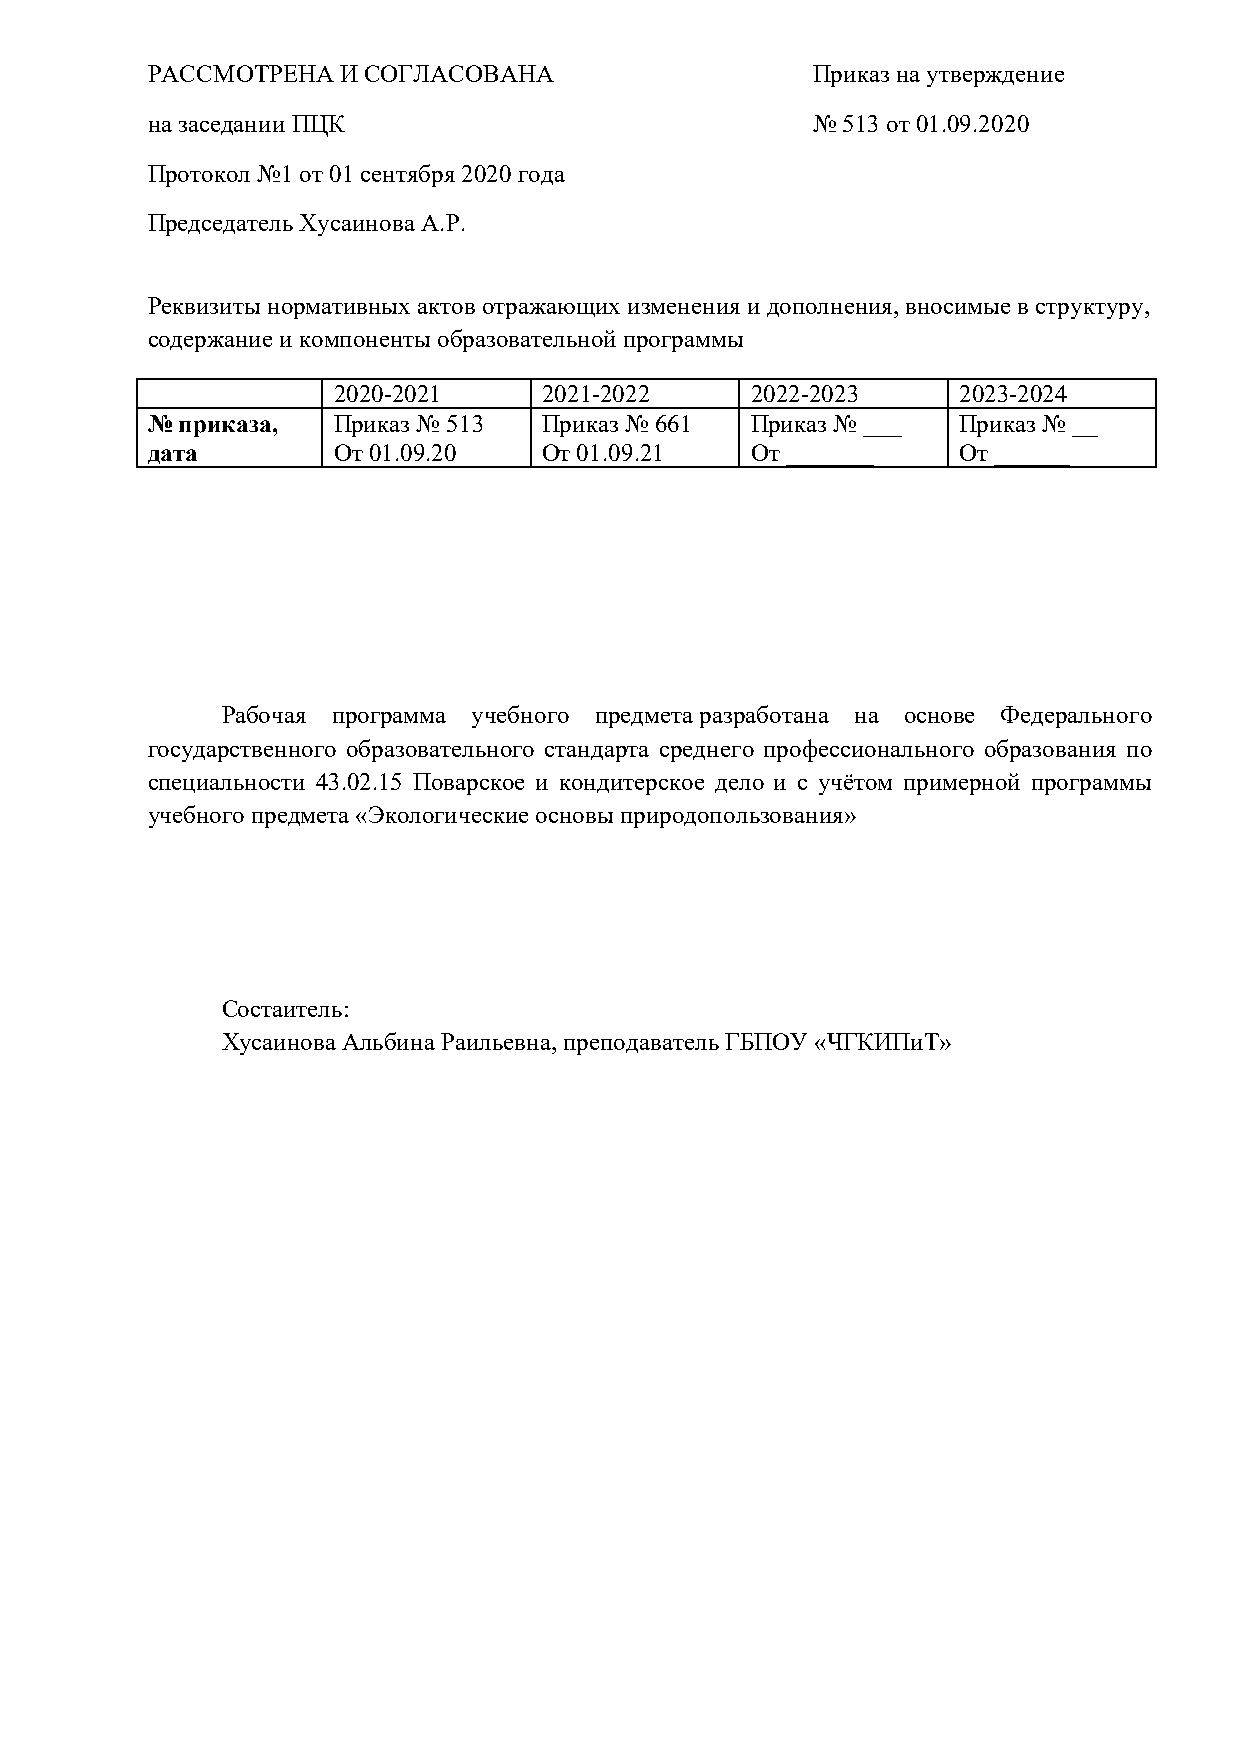
РАССМОТРЕНА  И СОГЛАСОВАНА                  Приказ на утверждение
 на заседании ПЦК                            № 513 от 01.09.2020
 Протокол №1 от 01 сентября 2020 года
 Председатель Хусаинова А.Р.
 Реквизиты нормативных актов отражающих изменения и дополнения, вносимые в структуру,
 содержание и компоненты образовательной программы
 2020-2021     2021-2022     2022-2023    2023-2024
 № приказа,  Приказ № 513  Приказ № 661  Приказ № ___ Приказ № __
 дата        От 01.09.20   От 01.09.21   От _______   От ______
 Рабочая программа учебного предмета разработана на основе Федерального
 государственного образовательного стандарта среднего профессионального образования по
 специальности 43.02.15 Поварское и кондитерское дело и с учётом примерной программы
 учебного предмета «Экологические основы природопользования»
 Состаитель:
 Хусаинова Альбина Раильевна, преподаватель ГБПОУ «ЧГКИПиТ»